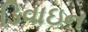
ડિવાઇન